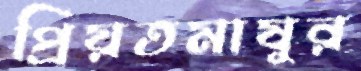
প্রিয়তমাষুর